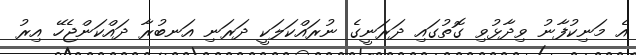
އެ މަނިކުފާނު ވިދާޅުވި ގޮތުގައި ދަރަނީގެ ނުރައްކަލަކީ ދަރަނި އަނބުރާ ދައްކަންޖެހޭ އިރު